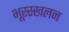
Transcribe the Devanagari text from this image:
भूस्स्खलन